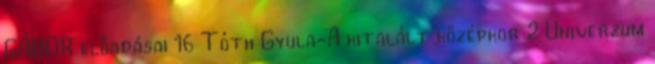
GÁBOR előadásai 16 Tóth Gyula-A kitalált középkor 2 Univerzum